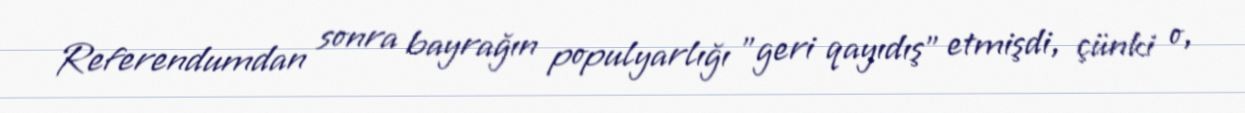
Referendumdan sonra bayrağın populyarlığı "geri qayıdış" etmişdi, çünki o,